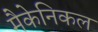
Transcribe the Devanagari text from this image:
मैकेनिकल